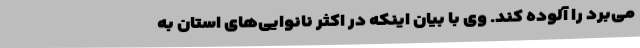
می‌برد را آلوده کند. وی با بیان اینکه در اکثر نانوایی‌های استان به